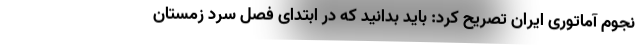
نجوم آماتوری ایران تصریح کرد: باید بدانید که در ابتدای فصل سرد زمستان